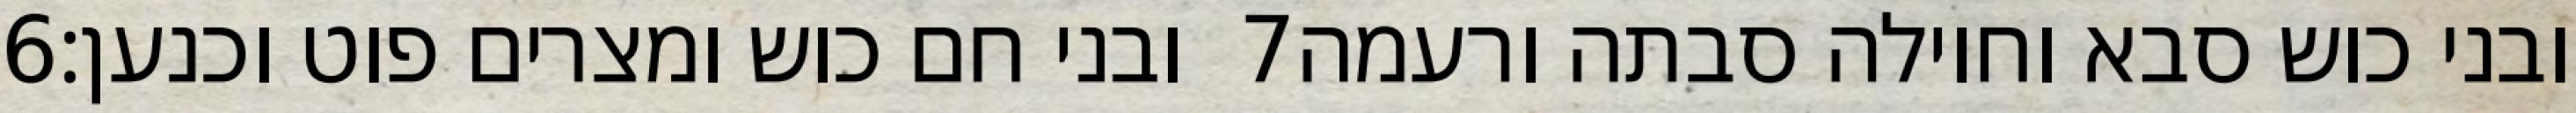
‎6‏ ובני חם כוש ומצרים פוט וכנען׃ ‎7‏ ובני כוש סבא וחוילה סבתה ורעמה